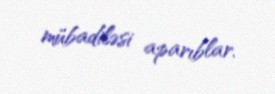
mübadiləsi aparıblar.